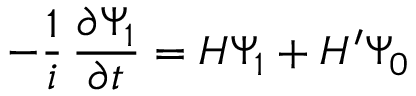
- { \frac { 1 } { i } } \, { \frac { \partial \Psi _ { 1 } } { \partial t } } = H \Psi _ { 1 } + H ^ { \prime } \Psi _ { 0 }